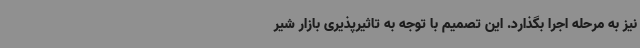
نیز به مرحله اجرا بگذارد. این تصمیم با توجه به تاثیرپذیری بازار شیر